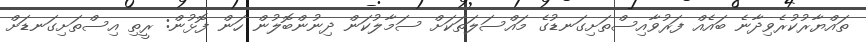
ތައްޔާރުކުރެވިދާނެ ބައެއް ފަރުވާއިސްތަށިގަނޑުގެ މައްސަލަތަކަށް ސަމާލުކަން ދިނުންބޮލުން ހަން ފޮޅުން: ރީތި އިސްތަށިގަނޑަށް